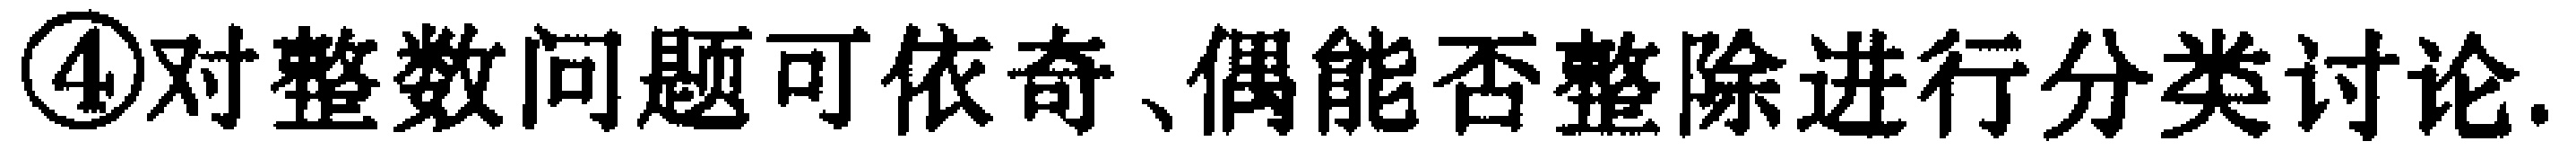
\textcircled{4}对整数问题可依奇、偶能否整除进行分类讨论.